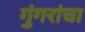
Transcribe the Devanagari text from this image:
गुंगरांचा